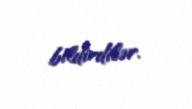
bildirdilər.